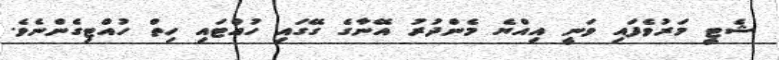
ޝެޓީ މަރުވެފައި ވަނީ އިއްޔެ މެންދުރު އޭނާގެ ގޭގައި ހުއްޓައި ހިތް ހުއްޓިގެންނެވެ.